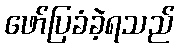
ဖော်ပြခံခဲ့ရသည်